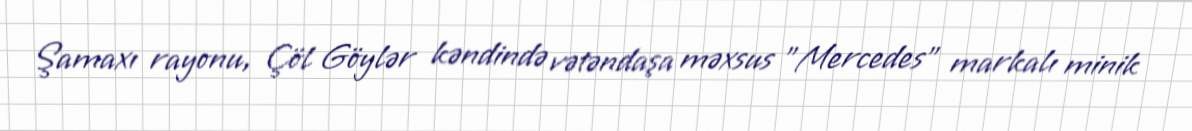
Şamaxı rayonu, Çöl Göylər kəndində vətəndaşa məxsus "Mercedes" markalı minik